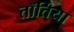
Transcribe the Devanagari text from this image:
तॉर्तिया